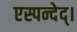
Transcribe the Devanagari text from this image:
एस्पन्देद्।